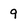
Character: 9